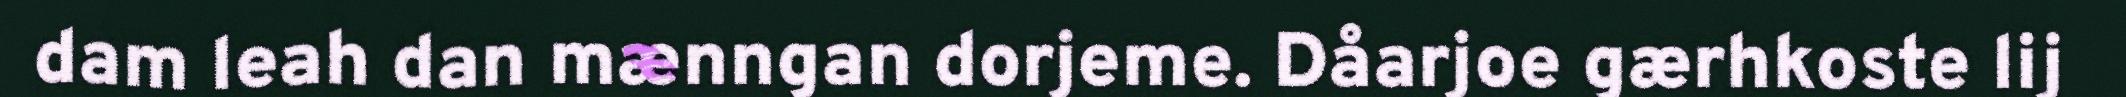
dam leah dan mænngan dorjeme. Dåarjoe gærhkoste lij